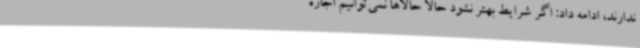
ندارند، ادامه داد: اگر شرایط بهتر نشود حالا حالاها نمی‌توانیم اجازه